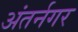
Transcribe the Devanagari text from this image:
अंतर्नगर